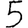
Digit: 5